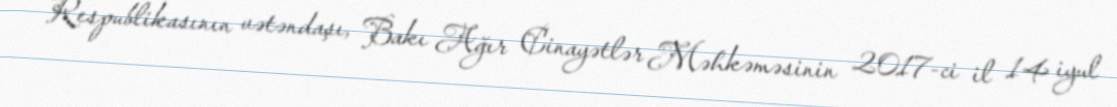
Respublikasının vətəndaşı, Bakı Ağır Cinayətlər Məhkəməsinin 2017-ci il 14 iyul